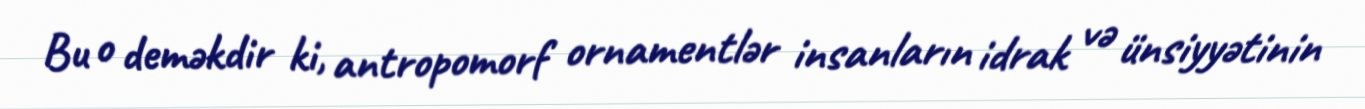
Bu o deməkdir ki, antropomorf ornamentlər insanların idrak və ünsiyyətinin